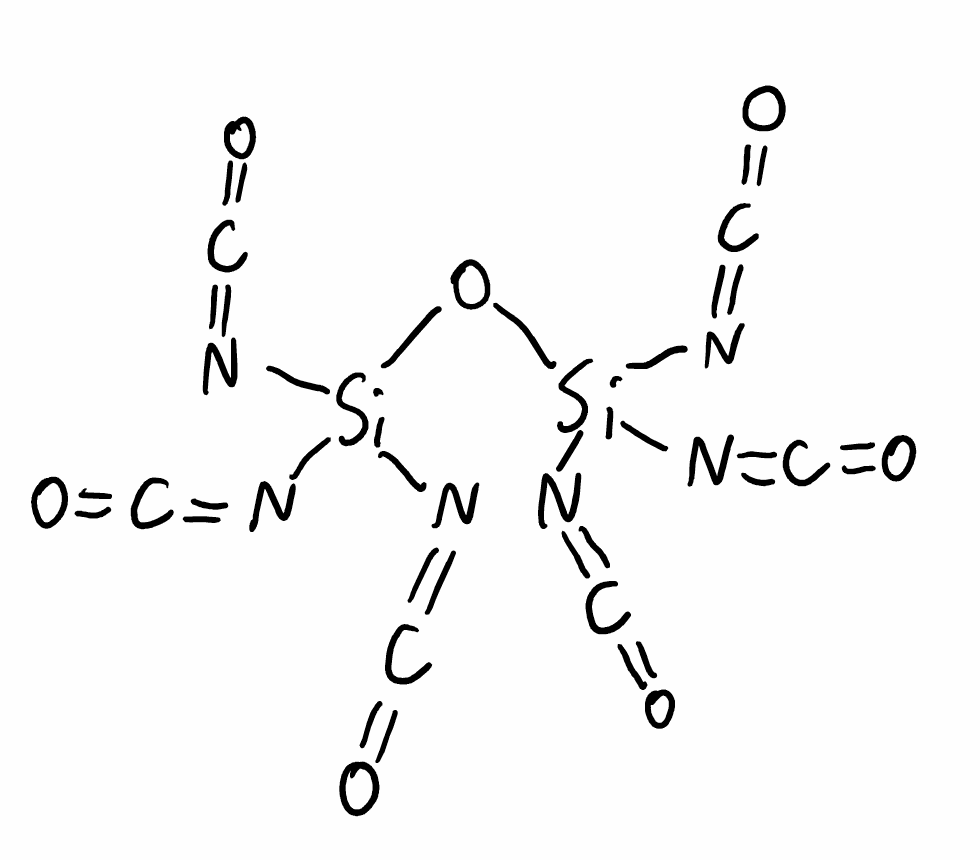
Simplified molecular-input line-entry system (SMILES) notation of the given molecule:
C(=N[Si](N=C=O)(N=C=O)O[Si](N=C=O)(N=C=O)N=C=O)=O